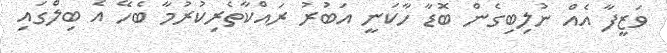
ވަޒީފާ އެއް ނުލިބިގެން ބޮޑާ ހާކަނީ އަބުރު ރައްކާތެރިކުރުމާ ބެހޭ އެ ބިލްގައި